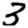
Digit: 3